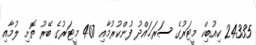
24335 ކިއުބިކް މީޓަރުގެ ސަރަޙައްދު ފުންކުރުމާއި 407 މީޓަރުގެ ބޭރު ތޮށި ލުމާއި